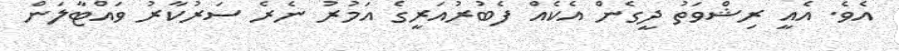
އެވެ. އެއީ ރިޝްވަތު ދީގެން އެކެއް ފެބުރުއަރީގެ އަމުރު ނެރެ ސަރުކާރު ވައްޓާލަން